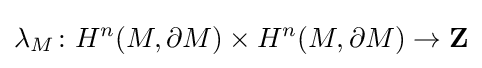
\lambda _{M}\colon H^{n}(M,\partial M)\times H^{n}(M,\partial M)\to \mathbf {Z}